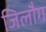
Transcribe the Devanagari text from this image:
जिलौग